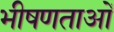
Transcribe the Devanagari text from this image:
भीषणताओं